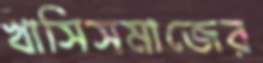
খাসিসমাজের